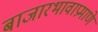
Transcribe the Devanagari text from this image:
बाजारभावाप्रमाणे